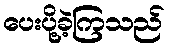
ပေးပို့ခဲ့ကြသည်